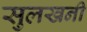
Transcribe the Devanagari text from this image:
सुलखनी